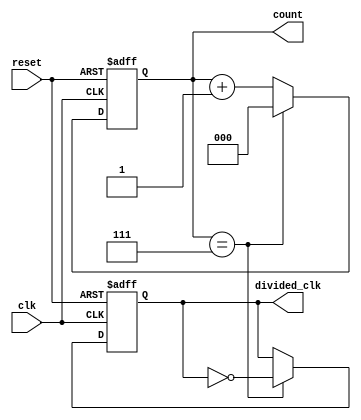
module divide_by_n_counter #(
    parameter N = 8 // Default value for N, can be overridden
) (
    input wire clk,
    input wire reset,
    output reg [clog2(N)-1:0] count, // Counter register
    output reg divided_clk // Divided clock output
);

    // Function to calculate the ceiling of log2(N)
    function integer clog2;
        input integer value;
        begin
            value = value - 1; // Handle case when value is a power of 2
            for (clog2 = 0; value > 0; clog2 = clog2 + 1)
                value = value >> 1;
        end
    endfunction

    // Initialize registers
    initial begin
        count = 0;
        divided_clk = 0;
    end

    // Counting mechanism
    always @(posedge clk or posedge reset) begin
        if (reset) begin
            count <= 0;
            divided_clk <= 0; // Reset divided clock
        end else begin
            if (count == N-1) begin
                count <= 0; // Reset counter
                divided_clk <= ~divided_clk; // Toggle divided clock
            end else begin
                count <= count + 1; // Increment counter
            end
        end
    end

endmodule